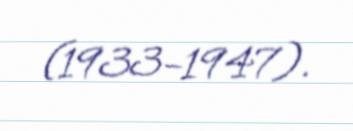
(1933–1947).